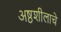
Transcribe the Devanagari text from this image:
अष्ठशीलाचे